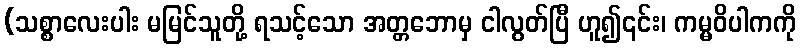
(သစ္စာလေးပါး မမြင်သူတို့ ရသင့်သော အတ္တဘောမှ ငါလွတ်ပြီ ဟူ၍၎င်း၊ ကမ္မဝိပါကကို